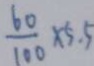
\frac { 6 0 } { 1 0 0 } \times 5 . 5